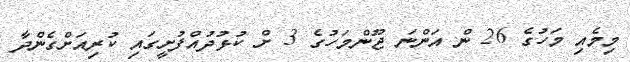
މިމެއި މަހުގެ 26 ން އަންނަ ޖޫންމަހުގެ 3 ށް ކުޅުދުއްފުށީގައި ކުރިއަށްގެންދާ